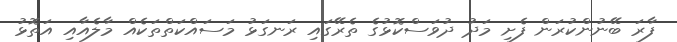
ފާރަ ބޭނުންކުރަން ފެށި މަދު ދުވަސްކޮޅުގެ ތެރޭގައި ރަނގަޅު މަސައްކަތްތަކެއް މާލެއާއި އަތޮޅު